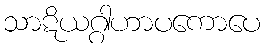
သာဋိယဂ္ဂါဟာပကောပေ